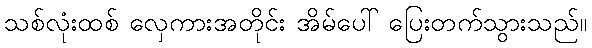
သစ်လုံးထစ် လှေကားအတိုင်း အိမ်ပေါ် ပြေးတက်သွားသည်။